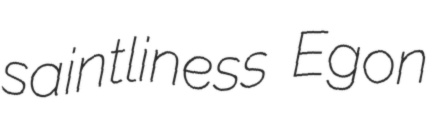
saintliness Egon